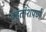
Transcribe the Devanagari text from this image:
बहुतांशपणे